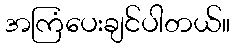
အကြံပေးချင်ပါတယ်။